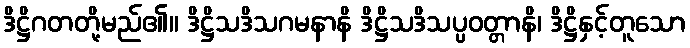
ဒိဋ္ဌိဂတတို့မည်၏။ ဒိဋ္ဌိသဒိသဂမနာနိ ဒိဋ္ဌိသဒိသပ္ပဝတ္တာနိ၊ ဒိဋ္ဌိနှင့်တူသော